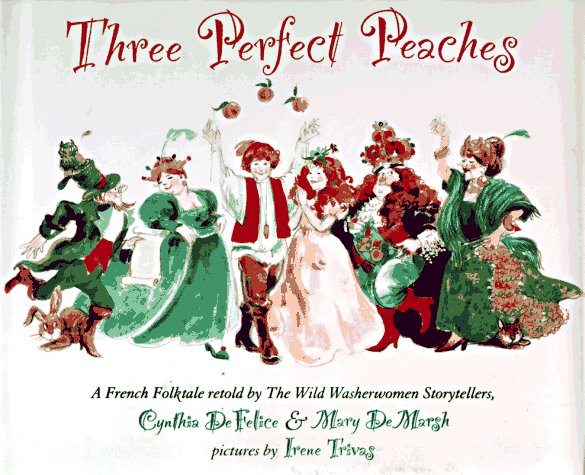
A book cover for Three Perfect Peaches: A French Folktale; Cynthia C. DeFelice; Children's Books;